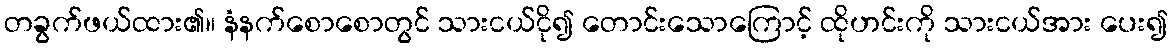
တခွက်ဖယ်ထား၏။ နံနက်စောစောတွင် သားငယ်ငို၍ တောင်းသောကြောင့် ထိုဟင်းကို သားငယ်အား ပေး၍